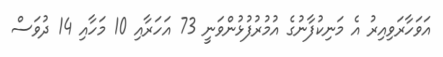
އަވަހާރަވިއިރު އެ މަނިކުފާނުގެ އުމުރުފުޅުންވަނީ 73 އަހަރާއި 10 މަހާއި 14 ދުވަސް